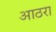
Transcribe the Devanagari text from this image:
आठरा